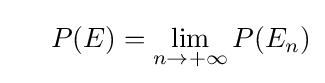
\ \ \ \ P(E)=\lim _{n\rightarrow +\infty }P(E_{n})